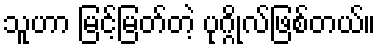
သူဟာ မြင့်မြတ်တဲ့ ပုဂ္ဂိုလ်ဖြစ်တယ်။